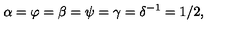
\alpha = \varphi = \beta = \psi = \gamma = \delta ^ { - 1 } = 1 / 2 ,